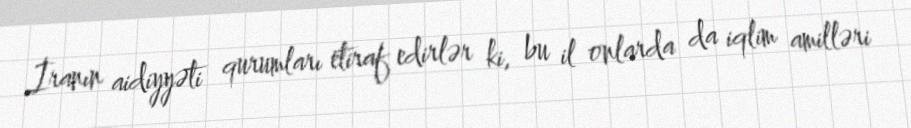
İranın aidiyyəti qurumları etiraf edirlər ki, bu il onlarda da iqlim amilləri